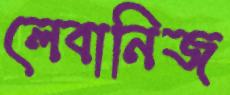
লেবানিজ